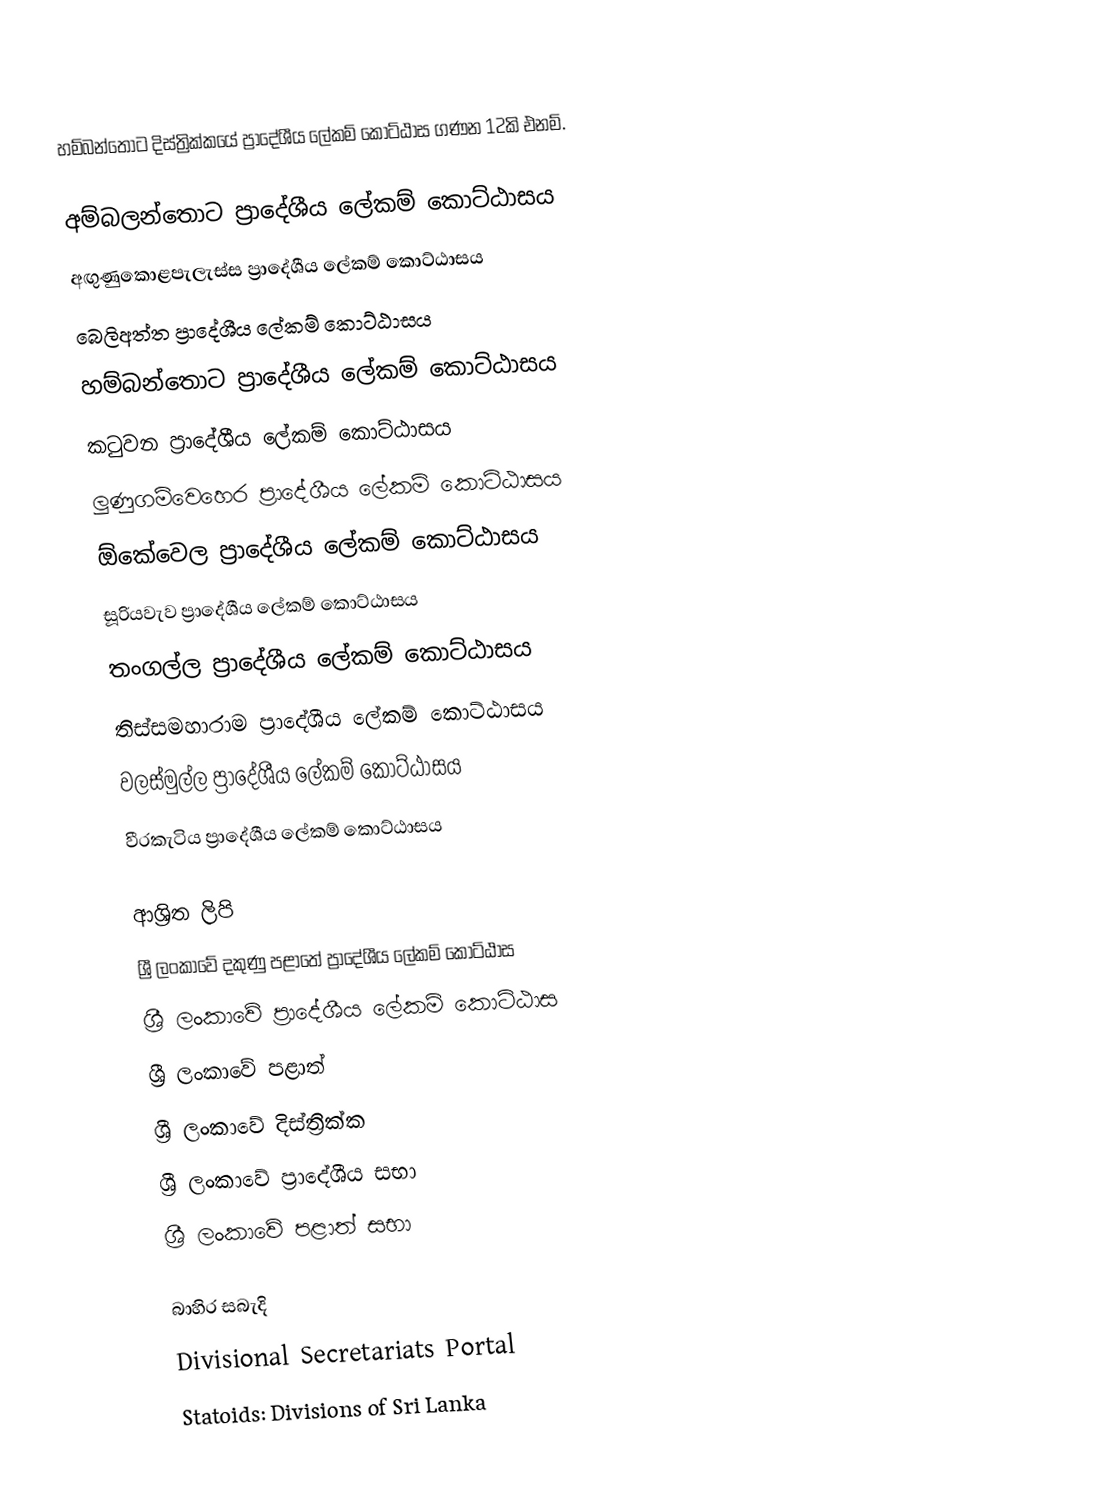
හම්බන්තොට දිස්ත්‍රික්කයේ ප්‍රාදේශීය ලේකම් කොට්ඨාස ගණන 12කි එනම්.

 අම්බලන්තොට ප්‍රාදේශීය ලේකම් කොට්ඨාසය
 අඟුණුකොළපැලැස්ස ප්‍රාදේශීය ලේකම් කොට්ඨාසය
 බෙලිඅත්ත ප්‍රාදේශීය ලේකම් කොට්ඨාසය
 හම්බන්තොට ප්‍රාදේශීය ලේකම් කොට්ඨාසය
 කටුවන ප්‍රාදේශීය ලේකම් කොට්ඨාසය
 ලුණුගම්වෙහෙර ප්‍රාදේශීය ලේකම් කොට්ඨාසය
 ඕකේවෙල ප්‍රාදේශීය ලේකම් කොට්ඨාසය
 සූරියවැව ප්‍රාදේශීය ලේකම් කොට්ඨාසය
 තංගල්ල ප්‍රාදේශීය ලේකම් කොට්ඨාසය
 තිස්සමහාරාම ප්‍රාදේශීය ලේකම් කොට්ඨාසය
 වලස්මුල්ල ප්‍රාදේශීය ලේකම් කොට්ඨාසය
 වීරකැටිය ප්‍රාදේශීය ලේකම් කොට්ඨාසය

ආශ්‍රිත ලිපි
 ශ්‍රී ලංකාවේ දකුණු පළාතේ ප්‍රාදේශීය ලේකම් කොට්ඨාස
 ශ්‍රී ලංකාවේ ප්‍රාදේශීය ලේකම් කොට්ඨාස
 ශ්‍රී ලංකාවේ පළාත්
 ශ්‍රී ලංකාවේ දිස්ත්‍රික්ක
 ශ්‍රී ලංකාවේ ප්‍රාදේශීය සභා
 ශ්‍රී ලංකාවේ පළාත් සභා

බාහිර සබැදි
 Divisional Secretariats Portal
 Statoids: Divisions of Sri Lanka